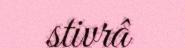
stivrâ